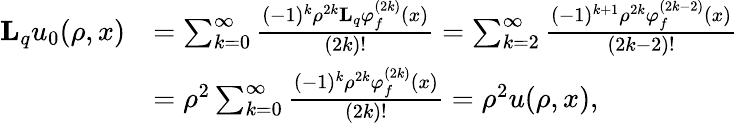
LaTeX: \begin{array}{rl}{\mathbf{L}_{q}u_{0}(\rho,x)}&{=\sum_{k=0}^{\infty}\frac{(-1)^{k}\rho^{2k}\mathbf{L}_{q}\varphi_{f}^{(2k)}(x)}{(2k)!}=\sum_{k=2}^{\infty}\frac{(-1)^{k+1}\rho^{2k}\varphi_{f}^{(2k-2)}(x)}{(2k-2)!}}\\ &{=\rho^{2}\sum_{k=0}^{\infty}\frac{(-1)^{k}\rho^{2k}\varphi_{f}^{(2k)}(x)}{(2k)!}=\rho^{2}u(\rho,x),}\end{array}